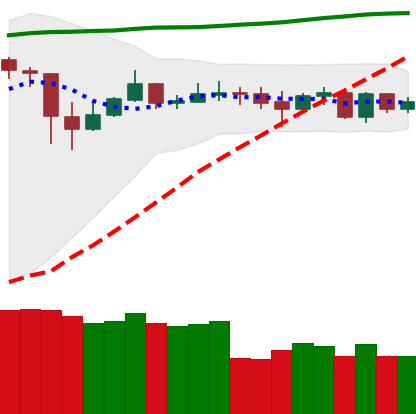
Ticker: DOGE-USD
Chart end date: 2020-05-27
Forward return: 5.458%
Label: up_5_7